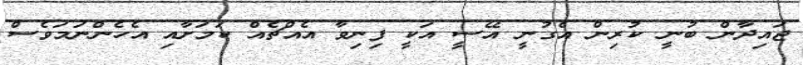
ޖައިދާން ބުނީ ކުރިން އެގުނީ އޭސީ އަކީ ފިނިވާ އެއްޗެއް ކަމަށާއި އެހެންނަމަވެސް